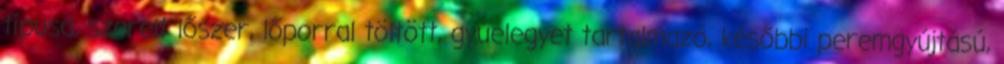
típusa, szerelt lőszer, lőporral töltött, gyúelegyet tartalmazó, későbbi peremgyújtású,